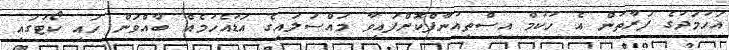
އަހުމަދުގެ ފަރާތުން އެ ހުކުމް އިސްތިއުނާފްކޮށްފައިވާ މައްސަލައިގެ އަޑުއެހުމެއް ބާއްވަން ހައި ކޯޓުގައި